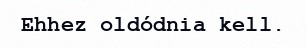
Ehhez oldódnia kell.